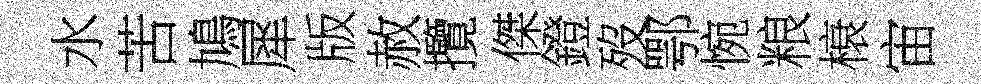
水苦鳩犀版赦攬傑鐙歿鄂惋粮榱宙